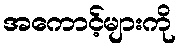
အကောင့်များကို